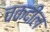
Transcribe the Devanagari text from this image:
चकदील